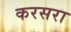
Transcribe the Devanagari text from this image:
करसरा